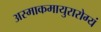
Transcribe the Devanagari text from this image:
अस्माकमायुरारोग्यं